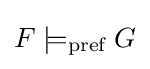
F\models _{\text{pref}}G